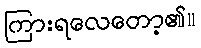
ကြားရလေတော့၏။